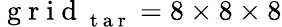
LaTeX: \mathrm{~g~r~i~d~}_{\mathrm{~t~a~r~}}=8\times 8\times 8